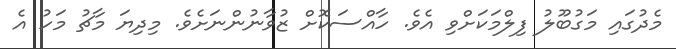
މެދުގައި މަގުބޫލު ފިލްމަކަށްވި އެވެ. ހާއްސަކޮށް ޒުވާނުންނަށެވެ. މިދިޔަ މާޗު މަހު އެ